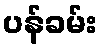
ပန်ခမ်း